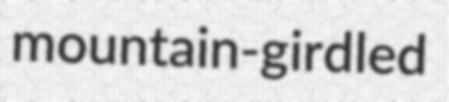
mountain-girdled